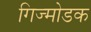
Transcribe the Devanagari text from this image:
गिज्मोडक